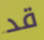
قد